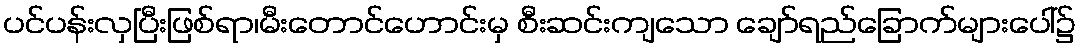
ပင်ပန်းလှပြီးဖြစ်ရာ၊မီးတောင်ဟောင်းမှ စီးဆင်းကျသော ချော်ရည်ခြောက်များပေါ်၌